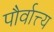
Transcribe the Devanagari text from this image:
पौर्वात्त्य